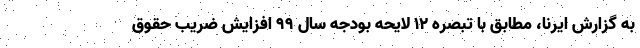
به گزارش ایرنا، مطابق با تبصره ۱۲ لایحه بودجه سال ۹۹ افزایش ضریب حقوق